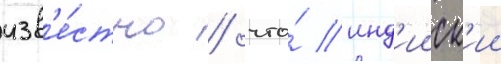
изв'е́стно / что́ инд'ииск'ии